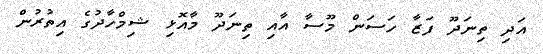
އަދި ތިނަދޫ ފަޒާ ހަސަން މޫސާ އާއި ތިނަދޫ މާއޮޅި ޝިމްހާދުގެ އިތުރުން